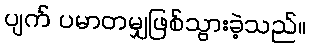
ပျက် ပမာတမျှဖြစ်သွားခဲ့သည်။